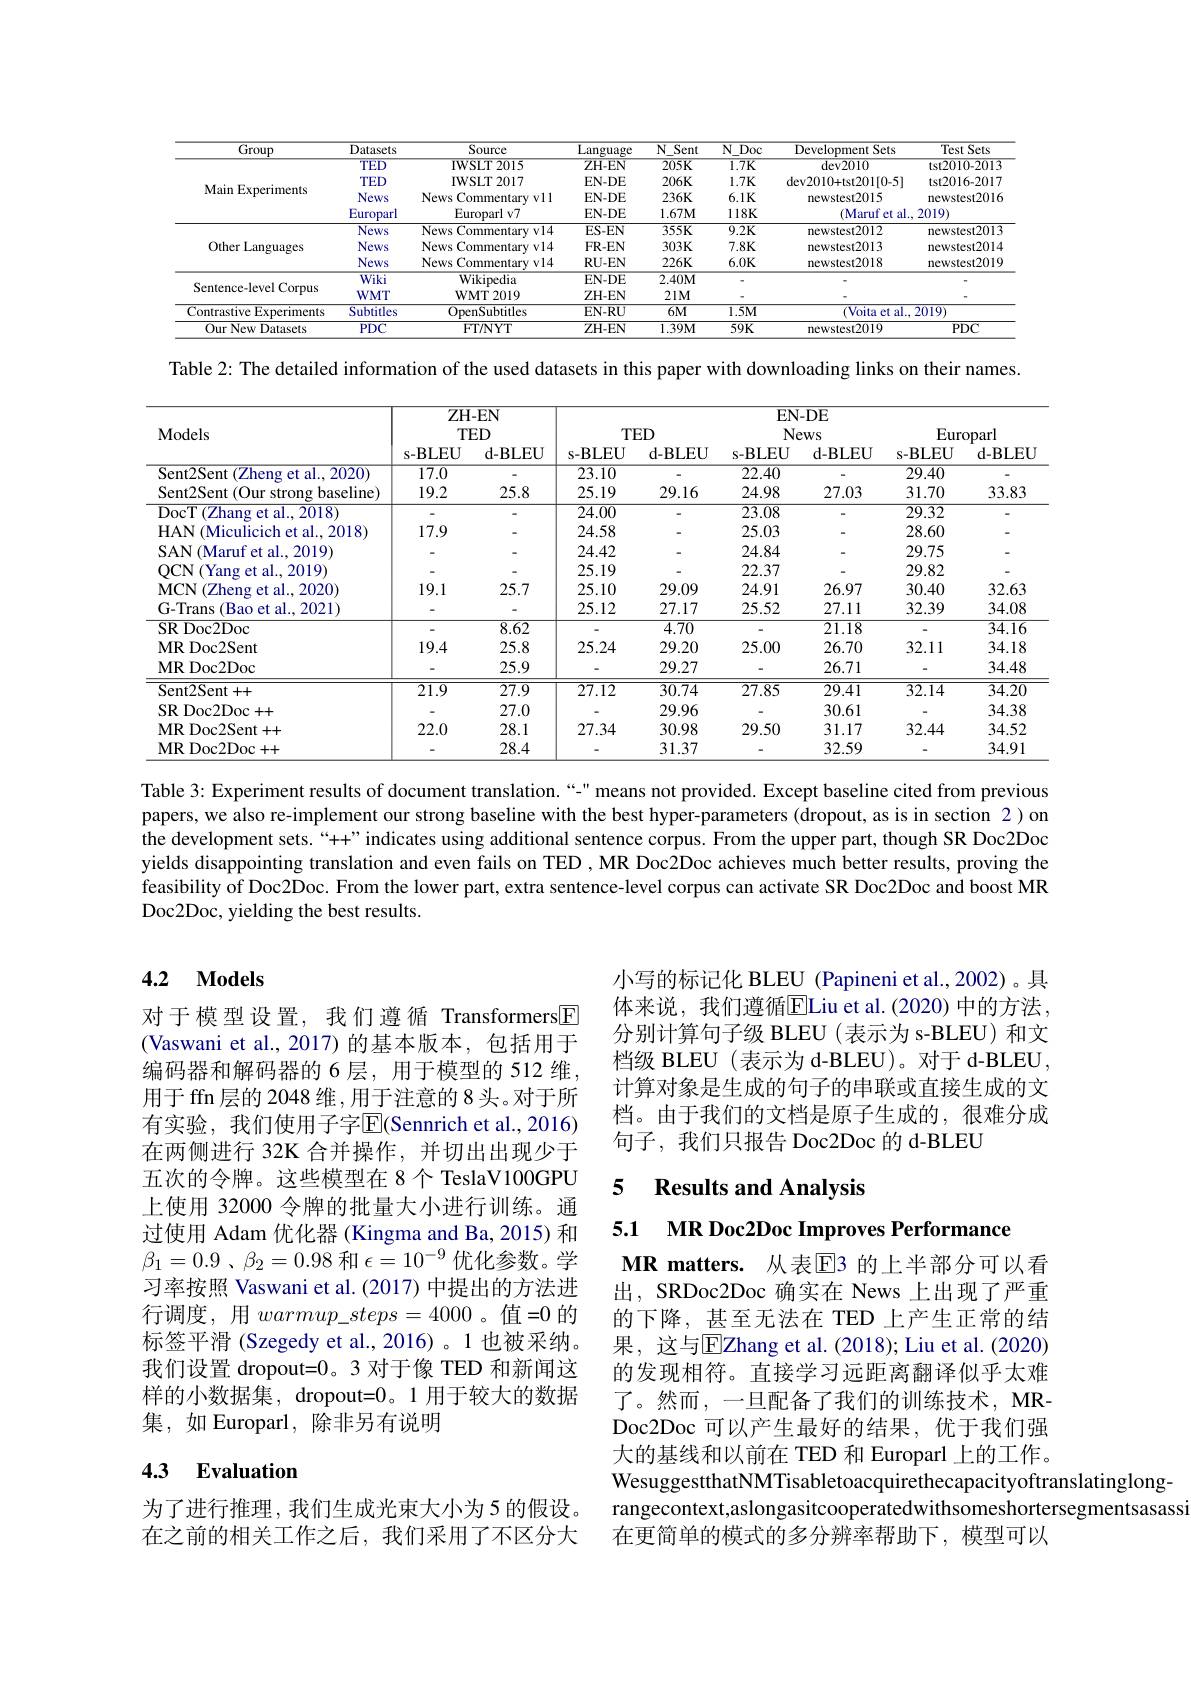
<table>
	<tbody>
		<tr>
			<th>$\overline{\text{Group}}$</th>
			<th>Datasets</th>
			<th>Source</th>
			<th>Language</th>
			<th>$N_{1}$ Sent</th>
			<th>N Doc</th>
			<th>Development Sets</th>
			<th>Test Sets</th>
		</tr>
		<tr>
			<td rowspan="4">Main Experiments</td>
			<td>TED</td>
			<td>IWSLT2015</td>
			<td>ZH-EN</td>
			<td>$205K$</td>
			<td>$1.7K$</td>
			<td>$dev2010$</td>
			<td>tst2010-2013</td>
		</tr>
		<tr>
			<td>TED</td>
			<td>IWSLT2017</td>
			<td>$EN-DE$</td>
			<td>$206K$</td>
			<td>$1.7K$</td>
			<td>dev2010+tst201[0-5]</td>
			<td>tst2016-2017</td>
		</tr>
		<tr>
			<td>News</td>
			<td>News Commentary v11</td>
			<td>$EN-DE$</td>
			<td>$236K$</td>
			<td>$6.1K$</td>
			<td>newstest2015</td>
			<td>newstest2016</td>
		</tr>
		<tr>
			<td>Europarl</td>
			<td>Europarl v7</td>
			<td>$EN-DE$</td>
			<td>$1.67M$</td>
			<td>$118K$</td>
			<td>$(\mathbf{M}$aruf et al.</td>
			<td>2019.</td>
		</tr>
		<tr>
			<td rowspan="3">Other Languages</td>
			<td>News</td>
			<td>News Commentary v14</td>
			<td>$ES-EN$</td>
			<td>$355K$</td>
			<td>$9.2K$</td>
			<td>newstest2012</td>
			<td>newstest2013</td>
		</tr>
		<tr>
			<td>News</td>
			<td>News Commentary v14</td>
			<td>FR-EN</td>
			<td>$303K$</td>
			<td>$7.8K$</td>
			<td>newstest2013</td>
			<td>newstest2014</td>
		</tr>
		<tr>
			<td>News</td>
			<td>News Commentary v14</td>
			<td>RU- EN</td>
			<td>$226K$</td>
			<td>$6.0K$</td>
			<td>newstest2018</td>
			<td>newstest2019</td>
		</tr>
		<tr>
			<td rowspan="2">Sentence-level Corpus</td>
			<td>Wiki</td>
			<td>Wikipedia</td>
			<td>$EN-DE$</td>
			<td>$2.40\mathbf{M}$</td>
			<td> </td>
			<td> </td>
			<td> </td>
		</tr>
		<tr>
			<td>$WMT$</td>
			<td>WMT2019</td>
			<td>$ZH-EN$</td>
			<td>$21M$</td>
			<td> </td>
			<td> </td>
			<td> </td>
		</tr>
		<tr>
			<td>Contrastive Experiments</td>
			<td>Subtitles</td>
			<td>OpenSubtitles</td>
			<td>EN-RU</td>
			<td>$\overline{6M}$</td>
			<td>$1.5M$</td>
			<td>(Voita et al.</td>
			<td>$\overline{2019}$</td>
		</tr>
		<tr>
			<td>Our New Datasets</td>
			<td>$PDC$</td>
			<td>$FT/NYT$</td>
			<td>$ZH-EN$</td>
			<td>$1.39M$</td>
			<td>$59K$</td>
			<td>newstest2019</td>
			<td>$PDC$</td>
		</tr>
	</tbody>
</table>

Table 2: The detailed information of the used datasets in this paper with downloading links on their names.

<table>
	<tbody>
		<tr>
			<th rowspan="2">Models</th>
			<th colspan="2">ZH- EN $TED$</th>
			<th colspan="2">$TED$</th>
			<th colspan="2">$\mathbf{EN-DE}$ News</th>
			<th colspan="2">Europarl</th>
		</tr>
		<tr>
			<th>s- BLEU</th>
			<th>d- BLEU</th>
			<th>s- BLEU</th>
			<th>d- BLEU</th>
			<th>s- BLEU</th>
			<th>d- BLEU</th>
			<th>s- BLEU</th>
			<th>d- BLEU</th>
		</tr>
		<tr>
			<td>Sent2Sent (Zheng et al..2020)</td>
			<td>$\overline{17.0}$</td>
			<td> </td>
			<td>23.10</td>
			<td> </td>
			<td>22.40</td>
			<td> </td>
			<td>29.40</td>
			<td> </td>
		</tr>
		<tr>
			<td>Sent2Sent (Our strong baseline)</td>
			<td>19.2</td>
			<td>25.8</td>
			<td>25.19</td>
			<td>29.16</td>
			<td>24.98</td>
			<td>27.03</td>
			<td>31.70</td>
			<td>33.83</td>
		</tr>
		<tr>
			<td>$\overline{(\text{Zhang et al., 2018)}}$ DocT</td>
			<td> </td>
			<td> </td>
			<td>24.00</td>
			<td> </td>
			<td>23.08</td>
			<td> </td>
			<td>29.32</td>
			<td> </td>
		</tr>
		<tr>
			<td>HAN (Miculicich et al., 2018</td>
			<td>17.9</td>
			<td> </td>
			<td>24.58</td>
			<td> </td>
			<td>25.03</td>
			<td> </td>
			<td>28.60</td>
			<td> </td>
		</tr>
		<tr>
			<td>SAN (Maruf et al., 2019)</td>
			<td> </td>
			<td> </td>
			<td>24.42</td>
			<td> </td>
			<td>24.84</td>
			<td> </td>
			<td>29.75</td>
			<td> </td>
		</tr>
		<tr>
			<td>OCN ( Yang et al. 2019) </td>
			<td> </td>
			<td> </td>
			<td>25.19</td>
			<td> </td>
			<td>22.37</td>
			<td> </td>
			<td>29.82</td>
			<td> </td>
		</tr>
		<tr>
			<td>(Zheng et al..2020) MCN 1</td>
			<td>19.1</td>
			<td>25.7</td>
			<td>25.10</td>
			<td>29.09</td>
			<td>24.91</td>
			<td>26.97</td>
			<td>30.40</td>
			<td>32.63</td>
		</tr>
		<tr>
			<td>G-Trans (Bao et al., 2021)</td>
			<td> </td>
			<td> </td>
			<td>25.12</td>
			<td>27.17</td>
			<td>25.52</td>
			<td>27.11</td>
			<td>32.39</td>
			<td>34.08</td>
		</tr>
		<tr>
			<td>$\overline{\mathrm{SR~Doc2Doc}}$</td>
			<td> </td>
			<td>8.62</td>
			<td> </td>
			<td>4.70</td>
			<td> </td>
			<td>21.18</td>
			<td> </td>
			<td>34.16</td>
		</tr>
		<tr>
			<td>MRDoc2Sent</td>
			<td>19.4</td>
			<td>25.8</td>
			<td>25.24</td>
			<td>29.20</td>
			<td>25.00</td>
			<td>26.70</td>
			<td>32.11</td>
			<td>34.18</td>
		</tr>
		<tr>
			<td>MRDoc2Doc</td>
			<td> </td>
			<td>25.9</td>
			<td> </td>
			<td>29.27</td>
			<td> </td>
			<td>26.71</td>
			<td> </td>
			<td>34.48</td>
		</tr>
		<tr>
			<td>$\overline{{\mathrm{Sent2Sent++}}}$</td>
			<td>$\overline{21.9}$</td>
			<td>$\overline{27.9}$</td>
			<td>27.12</td>
			<td>30.74</td>
			<td>27.85</td>
			<td>29.41</td>
			<td>32.14</td>
			<td>$\overline{34.20}$</td>
		</tr>
		<tr>
			<td>SR Doc2Doc+ + </td>
			<td> </td>
			<td>27.0</td>
			<td> </td>
			<td>29.96</td>
			<td> </td>
			<td>30.61</td>
			<td> </td>
			<td>34.38</td>
		</tr>
		<tr>
			<td>MR Doc2Sent+ + </td>
			<td>22.0</td>
			<td>28.1</td>
			<td>27.34</td>
			<td>30.98</td>
			<td>29.50</td>
			<td>31.17</td>
			<td>32.44</td>
			<td>34.52</td>
		</tr>
		<tr>
			<td>MR Doc2Doc+ + </td>
			<td> </td>
			<td>28.4</td>
			<td> </td>
			<td>31.37</td>
			<td> </td>
			<td>32.59</td>
			<td> </td>
			<td>34.91</td>
		</tr>
	</tbody>
</table>

Table 3: Experiment results of document translation.“-" means not provided. Except baseline cited from previous papers, we also re-implement our strong baseline with the best hyper-parameters(dropout, as is in section 2) on the development sets.“+”indicates using additional sentence corpus. From the upper part, though SR Doc2Doc yields disappointing translation and even fails on TED ,MR Doc2Doc achieves much better results, proving the feasibility of Doc2Doc. From the lower part, extra sentence-level corpus can activate SR Doc2Doc and boost MR Doc2Doc, yielding the best results.

### 4.2 Models

小写的标记化 BLEU (Papineni et al.,2002)。具体来说，我们遵循$\boxed{\mathrm{E}}$Liu et al.(2020)中的方法分别计算句子级 BLEU(表示为 s-BLEU) 和文档级 BLEU (表示为 d-BLEU)。对于 d-BLEU, 计算对象是生成的句子的串联或直接生成的文档。由于我们的文档是原子生成的，很难分成句子，我们只报告 Doc2Doc 的 d-BLEU

### 5 $\textbf{Results and Analvsis}$

### 5.1 MR Doc2Doc Improves Performance

对于模型设置，我们遵循 Transformers[E] (Vaswani et al.,2017)的基本版本，包括用于编码器和解码器的 6 层，用于模型的 512 维用于 ffn 层的 2048 维 ,用于注意的 8 头。对于所有实验，我们使用子字$\overline{\mathrm{E}}($Sennrich et al.,2016) 在两侧进行 32K 合并操作，并切出出现少于五次的令牌。这些模型在 8 个 TeslaV100GPU 上使用 32000 令牌的批量大小进行训练。通过使用 Adam 优化器 (Kingma and Ba, 2015) 和$\beta _{1}= 0. 9$ , $\beta _{2}= 0. 98$ 和 $\epsilon = 10^- 9$ 优化参数。学习率按照 Vaswani et al.(2017) 中提出的方法进行调度，用$warmup\_steps=4000$。值=0 的标签平滑 (Szegedy et al.,2016)。1 也被采纳。我们设置 dropout=0。3 对于像 TED 和新闻这样的小数据集，dropout=0。1 用于较大的数据集，如 Europarl, 除非另有说明

MR matters. 从表$\mathbb{E}$3 的上半部分可以看出，SRDoc2Doc 确实在 News 上出现了严重的下降，甚至无法在 TED 上产生正常的结果，这与$\overline{\mathrm{E}}$Zhang et al.(2018); Liu et al.(2020) 的发现相符。直接学习远距离翻译似乎太难了。然而，一旦配备了我们的训练技术，MRDoc2Doc 可以产生最好的结果，优于我们强大的基线和以前在 TED 和 Europarl 上的工作。WesuggestthatNMTisabletoacquirethecapacityoftranslatinglongrangecontext,aslongasitcooperatedwithsomeshortersegmentsasass 在更简单的模式的多分辨率帮助下，模型可以

### 4.3 Evaluation

为了进行推理，我们生成光束大小为5的假设。在之前的相关工作之后，我们采用了不区分大